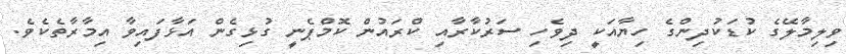
ވިލިމާލޭގެ ކުޑަކުދިންގެ ހިޔާއަކީ ދިވެހި ސަރުކާރާއި ކްރައުން ކޮމްޕެނީ ގުޅިގެން އަޅާފައިވާ އިމާރާތެކެވެ.